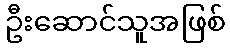
ဦးဆောင်သူအဖြစ်